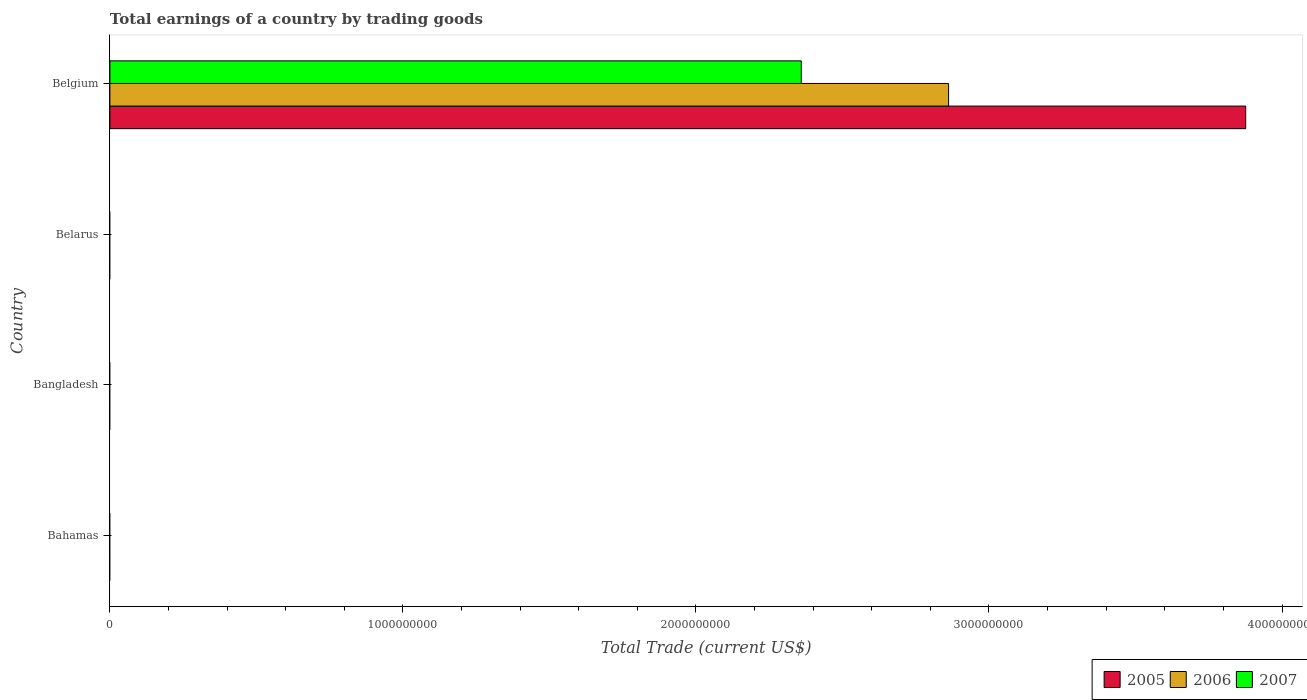
| Country | 2005 | 2006 | 2007 |
 | --- | --- | --- | --- |
 | Bahamas | -1.83e+09 | -2.06e+09 | -2.16e+09 |
 | Bangladesh | -3.03e+09 | -3.27e+09 | -4.9e+09 |
 | Belarus | -8.6e+08 | -2.45e+09 | -4.27e+09 |
 | Belgium | 3.88e+09 | 2.86e+09 | 2.36e+09 |